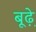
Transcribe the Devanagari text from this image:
बूढ़े़